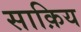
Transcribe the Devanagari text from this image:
साक़िय